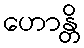
ဟောန္တိ